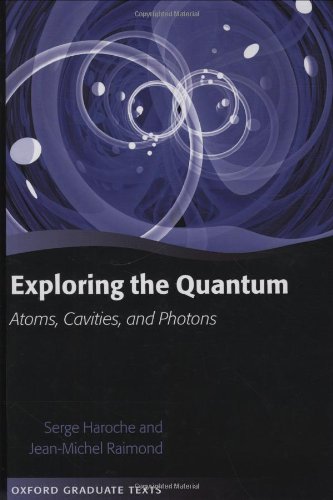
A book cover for Exploring the Quantum: Atoms, Cavities, and Photons (Oxford Graduate Texts); Serge Haroche; Science & Math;